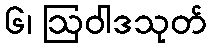
၆၊ ဩဝါဒသုတ်